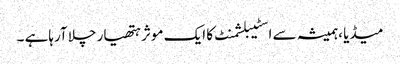
میڈیا ،ہمیشہ سے اسٹیبلشمنٹ کا ایک موثر ہتھیار چلا آرہاہے ۔